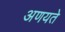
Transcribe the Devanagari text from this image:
अणयते